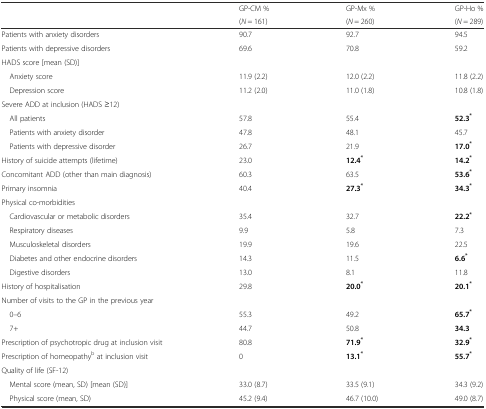
| <ROWSPAN=2>  | GP-CM % | GP-Mx % | GP-Ho % |
 | (N = 161) | (N = 260) | (N = 289) |
 | --- | --- | --- | --- |
 | Patients with anxiety disorders | 90.7 | 92.7 | 94.5 |
 | Patients with depressive disorders | 69.6 | 70.8 | 59.2 |
 | <COLSPAN=4> HADS score [mean (SD)] |
 | Anxiety score | 11.9 (2.2) | 12.0 (2.2) | 11.8 (2.2) |
 | Depression score | 11.2 (2.0) | 11.0 (1.8) | 10.8 (1.8) |
 | <COLSPAN=4> Severe ADD at inclusion (HADS ≥12) |
 | All patients | 57.8 | 55.4 | 52.3* |
 | Patients with anxiety disorder | 47.8 | 48.1 | 45.7 |
 | Patients with depressive disorder | 26.7 | 21.9 | 17.0* |
 | History of suicide attempts (lifetime) | 23.0 | 12.4* | 14.2* |
 | Concomitant ADD (other than main diagnosis) | 60.3 | 63.5 | 53.6* |
 | Primary insomnia | 40.4 | 27.3* | 34.3* |
 | <COLSPAN=4> Physical co-morbidities |
 | Cardiovascular or metabolic disorders | 35.4 | 32.7 | 22.2* |
 | Respiratory diseases | 9.9 | 5.8 | 7.3 |
 | Musculoskeletal disorders | 19.9 | 19.6 | 22.5 |
 | Diabetes and other endocrine disorders | 14.3 | 11.5 | 6.6* |
 | Digestive disorders | 13.0 | 8.1 | 11.8 |
 | History of hospitalisation | 29.8 | 20.0* | 20.1* |
 | <COLSPAN=4> Number of visits to the GP in the previous year |
 | 0–6 | 55.3 | 49.2 | 65.7* |
 | 7+ | 44.7 | 50.8 | 34.3 |
 | Prescription of psychotropic drug at inclusion visit | 80.8 | 71.9* | 32.9* |
 | Prescription of homeopathyb at inclusion visit | 0 | 13.1* | 55.7* |
 | <COLSPAN=4> Quality of life (SF-12) |
 | Mental score (mean, SD) [mean (SD)] | 33.0 (8.7) | 33.5 (9.1) | 34.3 (9.2) |
 | Physical score (mean, SD) | 45.2 (9.4) | 46.7 (10.0) | 49.0 (8.7) |